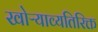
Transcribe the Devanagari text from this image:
खोऱ्याव्यतिरिक्त